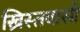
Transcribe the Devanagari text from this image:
ख्रिस्तवासी